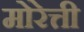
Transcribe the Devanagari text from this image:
मोरेत्ती